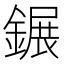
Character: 𨫀